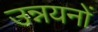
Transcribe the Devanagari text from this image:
उन्नयनों